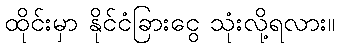
ထိုင်းမှာ နိုင်ငံခြားငွေ သုံးလို့ရလား။